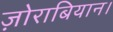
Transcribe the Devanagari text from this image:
ज़ोराबियान।